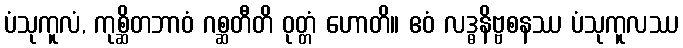
ပံသုကူလံ, ကုစ္ဆိတဘာဝံ ဂစ္ဆတီတိ ဝုတ္တံ ဟောတိ။ ဧဝံ လဒ္ဓနိဗ္ဗစနဿ ပံသုကူလဿ